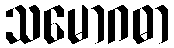
သမောဂဓာ